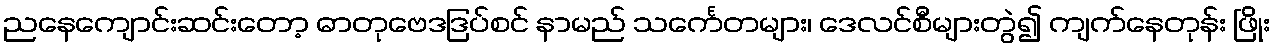
ညနေကျောင်းဆင်းတော့ ဓာတုဗေဒဒြပ်စင် နာမည် သင်္ကေတများ၊ ဒေလင်စီများတွဲ၍ ကျက်နေတုန်း ဖြိုး